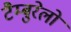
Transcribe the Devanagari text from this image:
टैम्बुरेलो